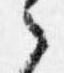
之